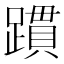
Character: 躀